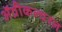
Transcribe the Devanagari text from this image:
ॲग्रीकल्चरल